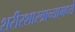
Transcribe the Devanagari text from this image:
शरीरशास्त्राच्यामध्ये